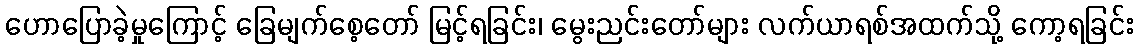
ဟောပြောခဲ့မှုကြောင့် ခြေမျက်စေ့တော် မြင့်ရခြင်း၊ မွေးညင်းတော်များ လက်ယာရစ်အထက်သို့ ကော့ရခြင်း